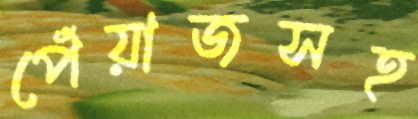
পেঁয়াজসহ